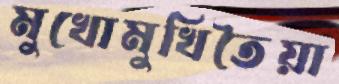
মুখোমুখিতৈয়া